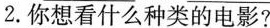
2.你想看什么种类的电影?